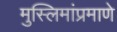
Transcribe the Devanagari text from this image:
मुस्लिमांप्रमाणे